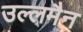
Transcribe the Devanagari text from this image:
उल्लमैन